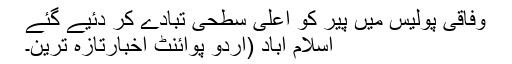
وفاقی پولیس میں پیر کو اعلیٰ سطحی تبادے کر دئیے گئے
اسلام آباد (اُردو پوائنٹ اخبارتازہ ترین۔